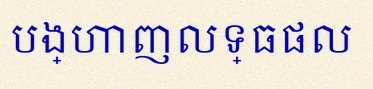
បង្ហាញលទ្ធផល